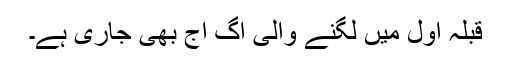
قبلہ اول میں لگنے والی آگ آج بھی جاری ہے۔